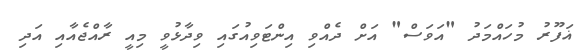
ޣަފޫރު މުހައްމަދު "އަވަސް" އަށް ދެެއްވި އިންޓަވިއުގައި ވިދާޅުވީ މިއީ ރާއްޖެއާއި އަދި